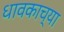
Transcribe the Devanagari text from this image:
धावकाच्या